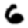
Digit: 6